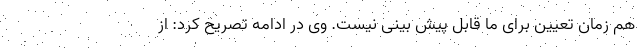
هم زمان تعیین برای ما قابل پیش بینی نیست. وی در ادامه تصریح کرد: از